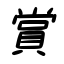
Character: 賞